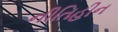
નીતિહીન